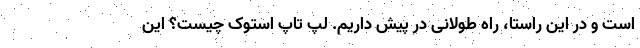
است و در این راستا، راه طولانی در پیش داریم. لپ تاپ استوک چیست؟ این